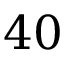
4 0